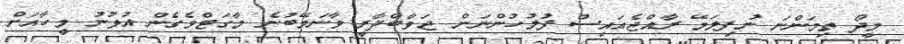
މީދޯ ތިމަންނަ ނުފިލަމޭ ރާއްޖެއައިސް ފުލުހުންނަށް ޖަވާބްދާރީ ވާނަމޭބުނެ މާގަޓްވެގެން އުޅުނު މީހާއަށް